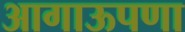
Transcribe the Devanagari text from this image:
आगाऊपणा